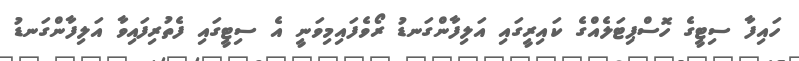
ހައިފާ ސިޓީގެ ހޮސްޕިޓަލެއްގެ ކައިރީގައި އަލިފާންގަނޑު ރޯވެފައިމިވަނީ އެ ސިޓީގައި ފެތުރިފައިވާ އަލިފާންގަނޑު